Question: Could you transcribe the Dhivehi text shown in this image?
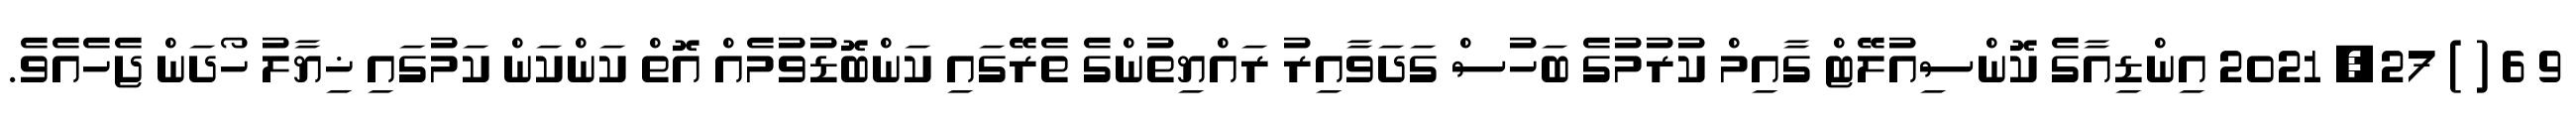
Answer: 9 6 ( ) 27, 2021 އިންޑިއާގެ ކޮންސިއުލޭޓް ގާއިމް ކުރުމުގެ ބަހުސް ގަދަވާއިރު ރައްޔިތުންގެ ތެރޭގައި ކަންބޮޑުވުމެއް އޮތް ކަންކަން ކަމުގައި ޚިޔާލު ހޯދަން ޖެހެއެވެ.